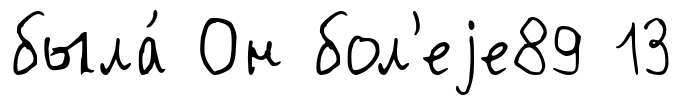
была́ Он бол'еjе89 13